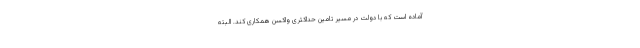
آماده است که با دولت در مسیر تامین حداکثری واکسن همکاری کند. البته